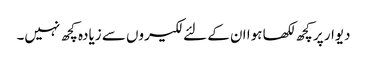
دیوار پر کچھ لکھا ہوا ان کے لئے لکیروں سے زیادہ کچھ نہیں۔